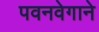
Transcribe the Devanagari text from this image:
पवनवेगाने